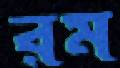
রম